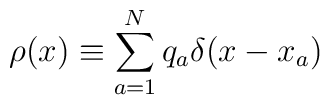
\rho(x) \equiv \sum^N_{a=1} q_a \delta(x-x_a)